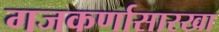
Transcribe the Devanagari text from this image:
गजकर्णासारखा